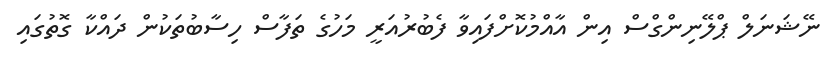
ނޭޝަނަލް ޕްލޭނިންގްސް އިން އާއްމުކޮށްފައިވާ ފެބުރުއަރީ މަހުގެ ތަފާސް ހިސާބުތަކުން ދައްކާ ގޮތުގައި